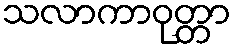
သလာကာဝုတ္တာ